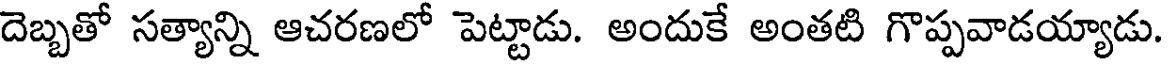
దెబ్బతో సత్యాన్ని ఆచరణలో పెట్టాడు. అందుకే అంతటి గొప్పవాడయ్యాడు.